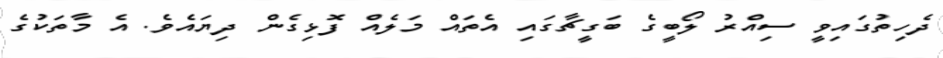
ދެހިތުގައިވީ ސިއްރު ލޯބީގެ ބަގީޗާގައި އެތައް މަލެއް ފޮޅިގެން ދިޔައެވެ. އެ މާތަކުގެ